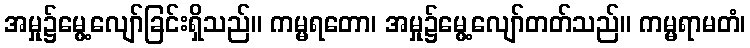
အမှု၌မွေ့လျော်ခြင်းရှိသည်။ ကမ္မရတော၊ အမှု၌မွေ့လျော်တတ်သည်။ ကမ္မရာမတံ၊